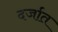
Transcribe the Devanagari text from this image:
दर्जात